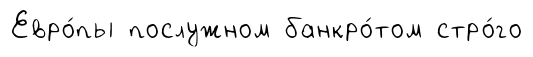
Евро́пы послужном банкро́том стро́го